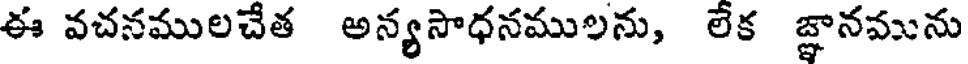
ఈ వచనములచేత అన్యసాధనములను, లేక జ్ఞానమును